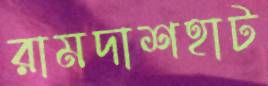
রামদাশহাট